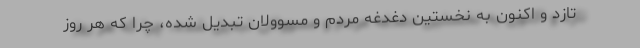
تازد و اکنون به نخستین دغدغه مردم و مسوولان تبدیل شده، چرا که هر روز